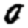
Digit: 0